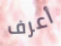
أعرف